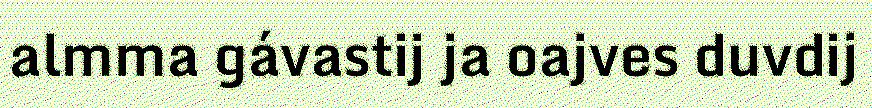
almma gávastij ja oajves duvdij